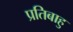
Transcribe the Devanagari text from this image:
प्रतिबाहु